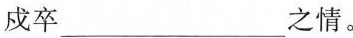
戍卒___之情。